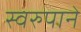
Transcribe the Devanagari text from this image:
स्वरुपाने